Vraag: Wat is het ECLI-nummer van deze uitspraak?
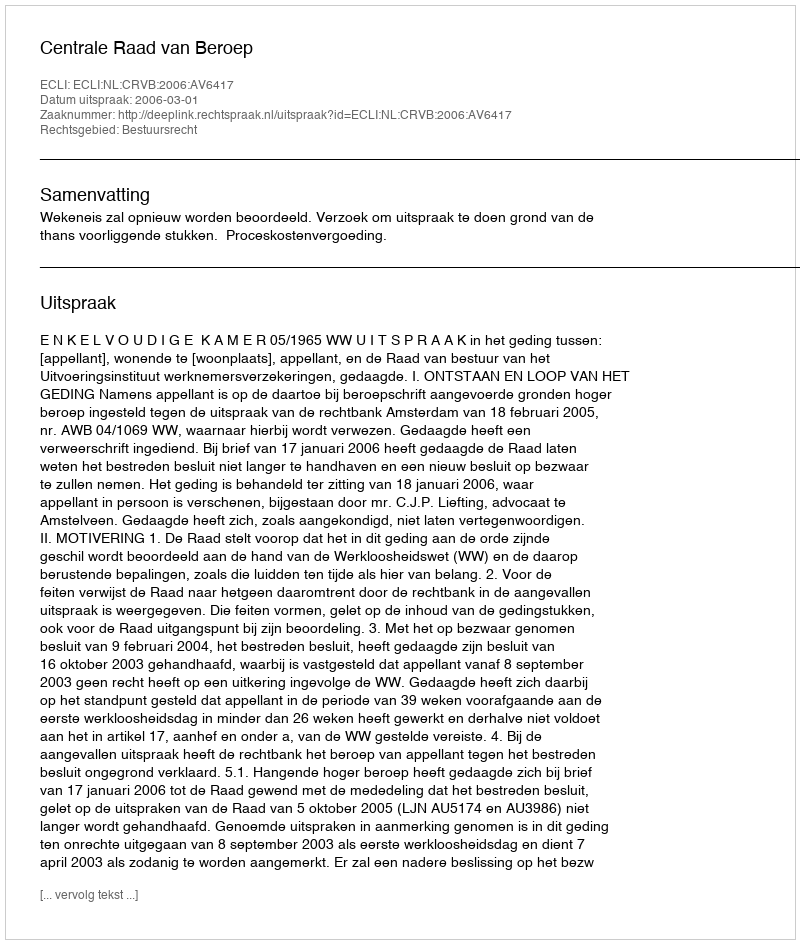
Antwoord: ECLI:NL:CRVB:2006:AV6417